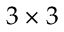
3 \times 3